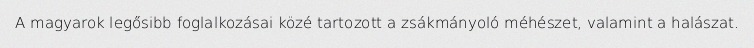
A magyarok legősibb foglalkozásai közé tartozott a zsákmányoló méhészet, valamint a halászat.